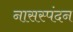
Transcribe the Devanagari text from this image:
नासस्पंदन